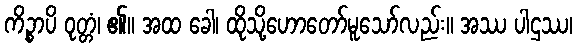
ကိဉ္စာပိ ဝုတ္တံ၊ ၏။ အထ ခေါ၊ ထိုသို့ဟောတော်မူသော်လည်း။ အဿ ပါဌဿ၊